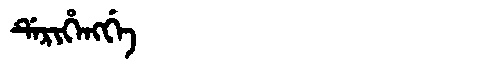
Manchu: ᡩᡝᡵᡳᡥᡝᠩᡤᡝ
Romanization: DERIHENGGE